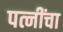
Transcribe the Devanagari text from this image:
पत्नींचा